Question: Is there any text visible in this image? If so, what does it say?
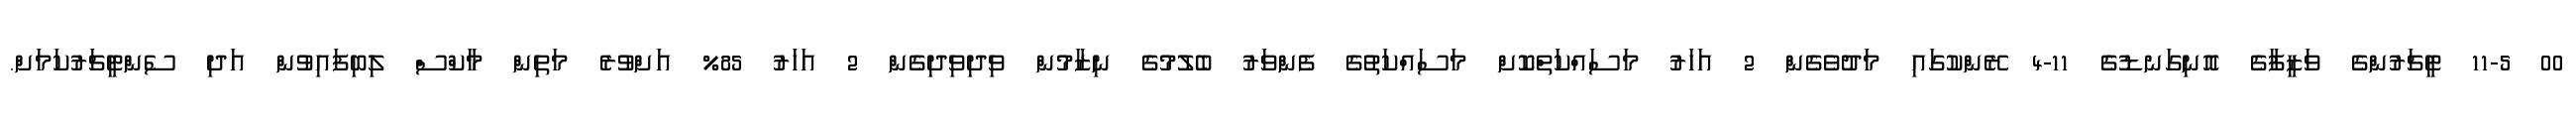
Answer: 00 11-5 ޓީޗަރުންގެ ވަޒީފާގެ އޮނިގަނޑުގެ 11-4 ރޭންކުގައި މަދުވެގެން 2 އަހަރު މަސައްކަތްކޮށް މަސައްކަތުގެ ފެންވަރު ބެލުމުގެ ނިޒާމުން ވިދިވިދިގެން 2 އަހަރު 85% އަށްވުރެ މަތިން މާކްސް ލިބިފައިވުން އަދި ސެންޓީޗަރުކަމަށް.